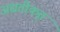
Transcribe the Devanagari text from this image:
अद्यतीकृत